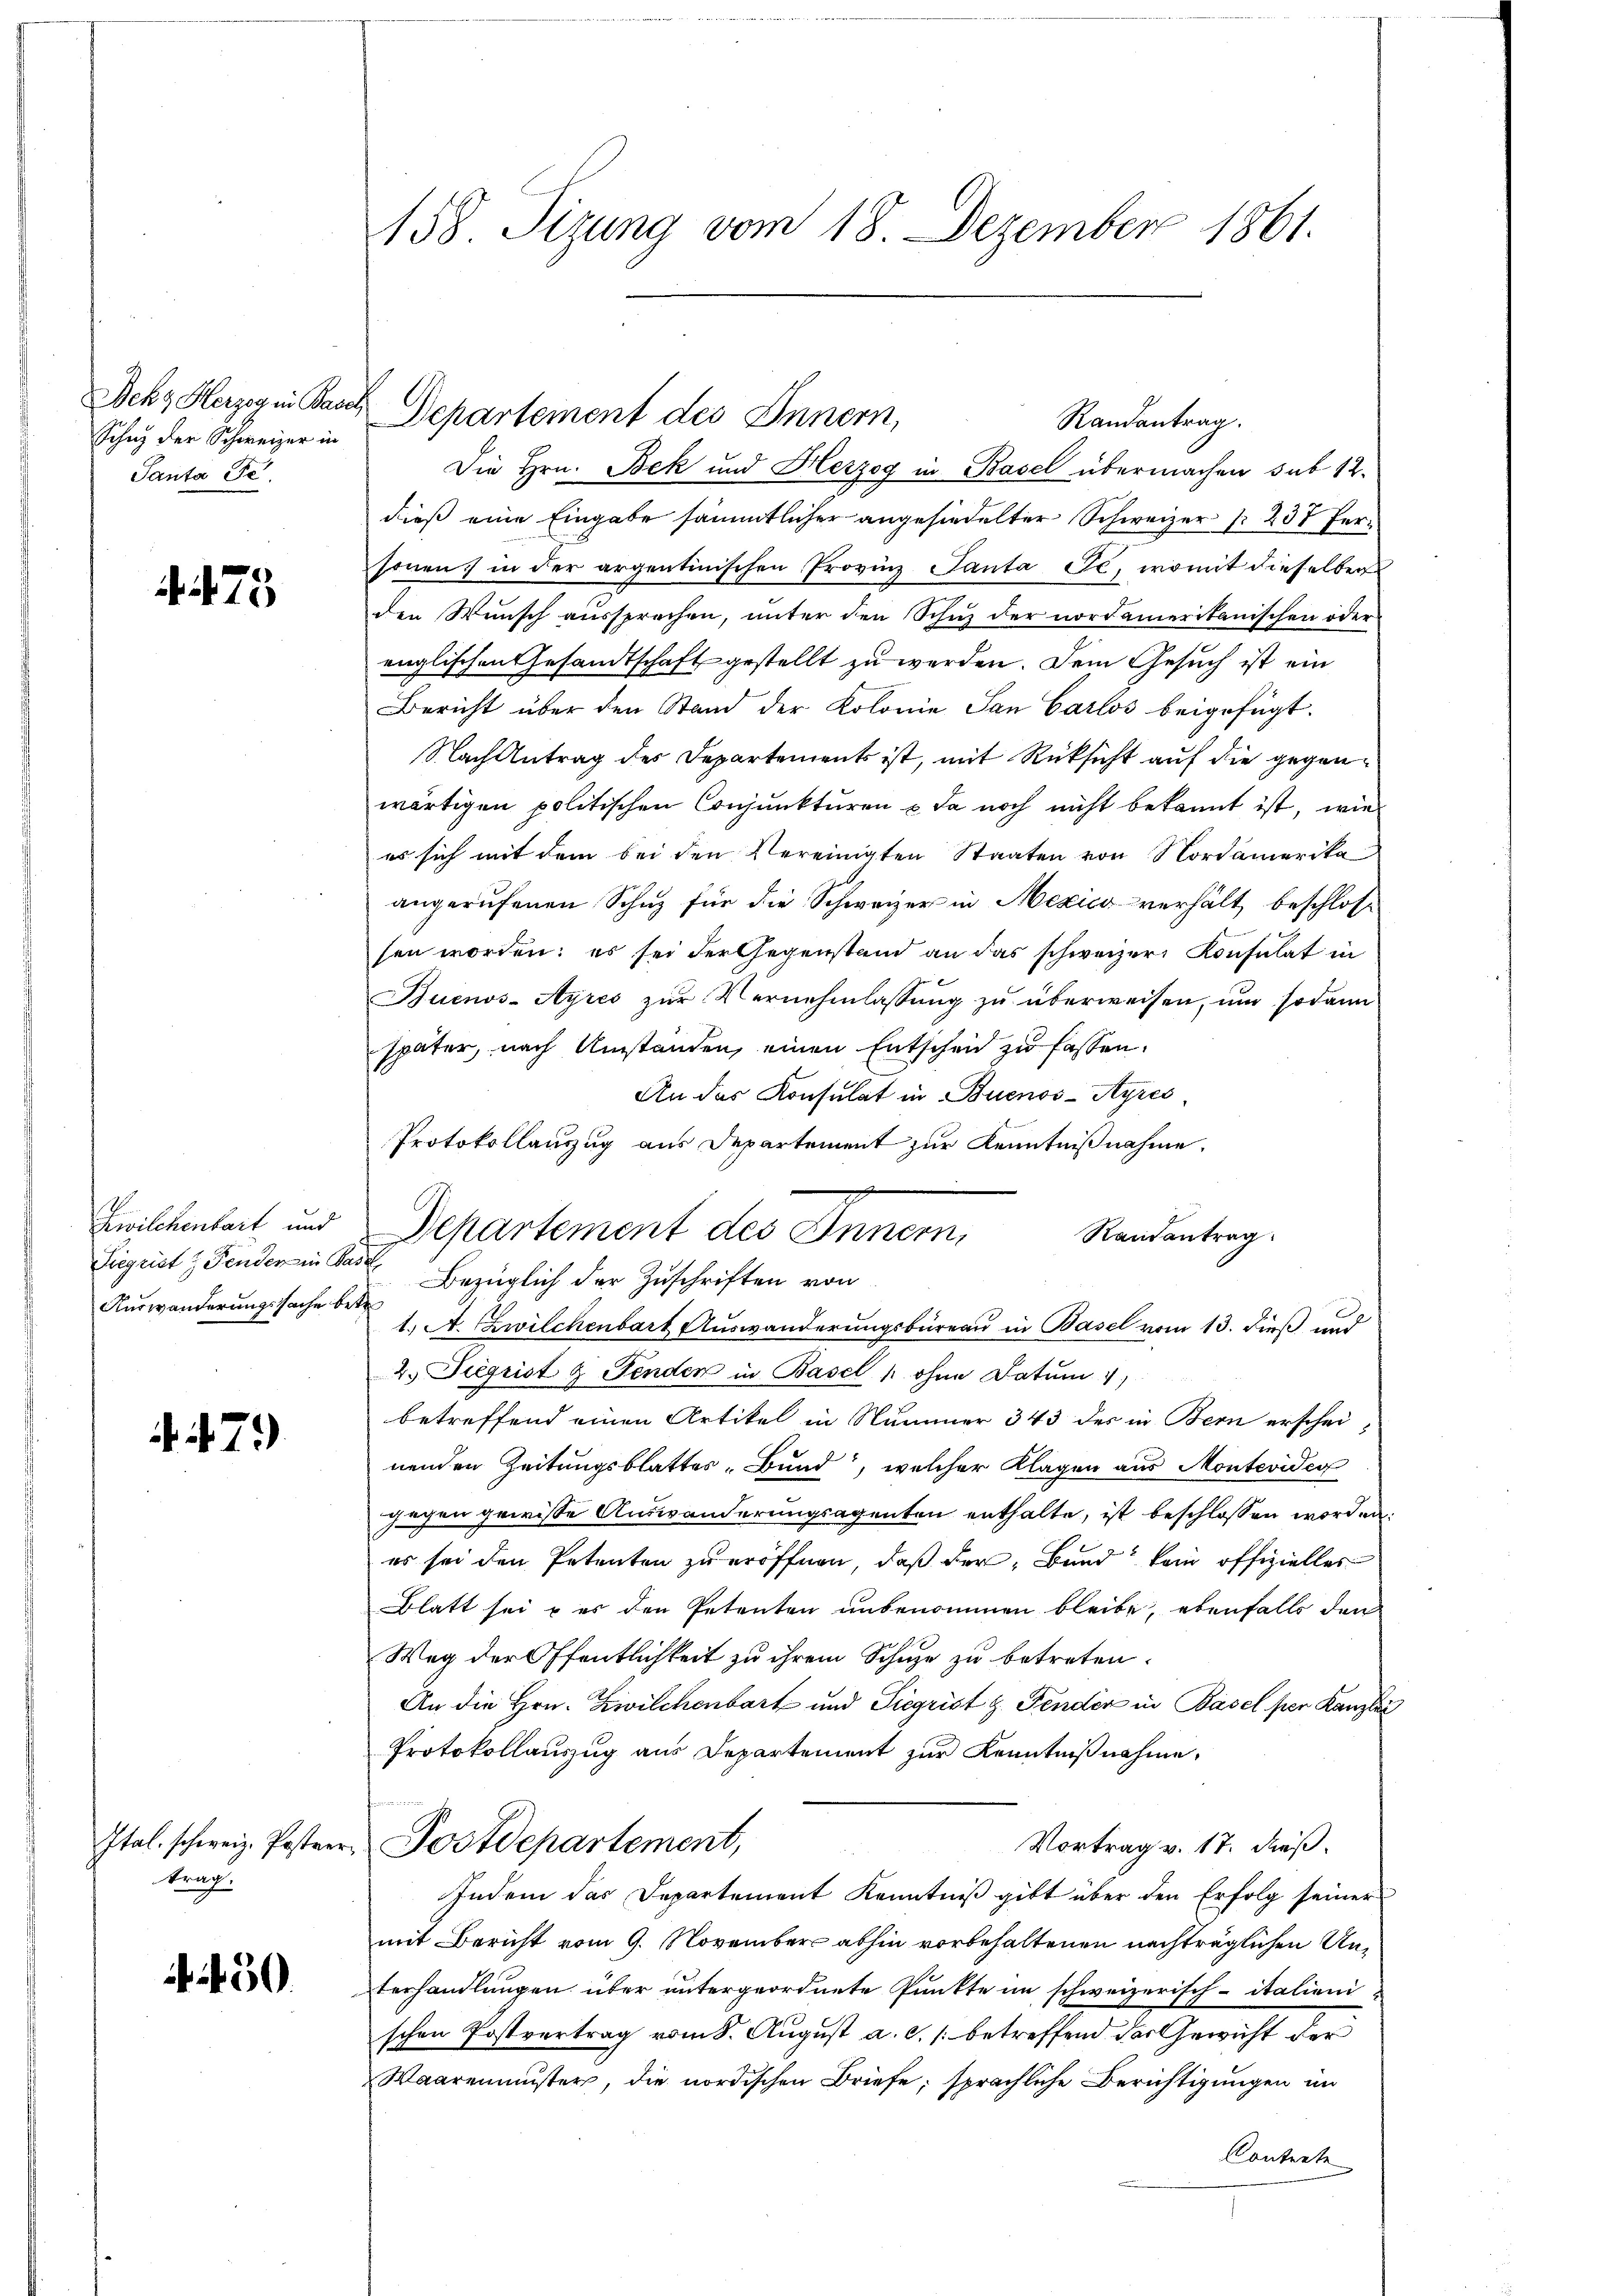
Dekt Herzog in Base
Schuz der Schweizer in
Panta Fe

475

Zwilchenbart und
Sigrist & Fenden in Pas
Auswanderungssache betr

.7)

Ital. schweiz. Postrer
trag.

50

158 Tizung vom 18. Dezember 1861.

2 Departement des Innern,
Die Hrn. Bek und Herzog in Basel übermachen sub 12.
dieß eine Eingabe sämmtlicher angesiedelter Schweizer § 237 fersonen in der argentinischen Provinz Panta Je, womit dieselben
den Wunsch aussprechen, unter den Schuz der nordamerikanischen oder
englischen Gesandtschaft gestellt zu werden. Dem Gesuch ist ein
Bericht über den Stand der Kolonie San Carlos beigefügt.
Nach Antrag des Departements ist, mit Rücksicht auf die gegenwärtigen politischen Conjunkturen & da noch nicht bekannt ist, wie
es sich mit dem bei den Vereinigten Staaten von Nordamerika
angerufenen Schuz für die Schweizer in Mexica verhält beschlossen worden; es sei der Gegenstand an das schweizer Konsulat in
Buenos-Ayres zŭr Vernehmlassŭng zŭ überweisen, ŭm sodann
später, nach Umständen, einen Entscheid zu fassen.
An das Konsulat in Buenos-Ayres
Protokollauszug aus Departement zur Kenntnißnahme.
Departement des Innern,
Randantrag
f
Bezüglich der Zuschriften von
1. A. Zwilchenbart Auswanderungsbüreau in Basel vom 13. dieß und
2. Sigrist & Fenden in Basel u ohne Datum 4
betreffend einen Artikel in Nummer 343 des in Bern erschei
nenden Zeitungsblattes Bund, welcher Klagen aus Montevider
gegen gewisse Auswanderungsagenten enthalte, ist beschlossen worden,
es sei den Petenten zu eröffnen, daß der Bund kein offizielles
Blatt sei u es den Petenten unbenommen bleibe, ebenfalls den
Weg der Öffentlichkeit zu ihrem Schule zu betreten.
An die Hrn. Zwilchenbart und Siegrist z. Fenden in Basel per Kanzlei
Protokollanzug aus Departement zur Kenntnißnahme,
Postdepartement,
Vortrag v. 17. dieß¬
Indem das Departement Kenntniß gibt über den Erfolg seiner
mit Bericht vom 9. November abhin vorbehaltenen nachträglichen Unterhandlungen über untergeordnete Punkte im schweizerisch-italienischen Postvertrag vom 8. August a. c. /: betreffend das Gewicht der
Waarenmuster, die nordischen Briefe, sprachliche Berichtigungen im
Contrete

Randantrag.